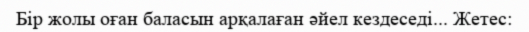
Бір жолы оған баласын арқалаған әйел кездеседі... Жетес: